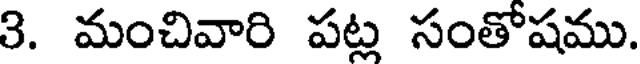
3. మంచివారి పట్ల సంతోషము.